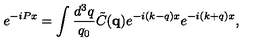
e ^ { - i P x } = \int \frac { d ^ { 3 } q } { q _ { 0 } } \tilde { C } ( { \mathbf { q } } ) e ^ { - i ( k - q ) x } e ^ { - i ( k + q ) x } ,